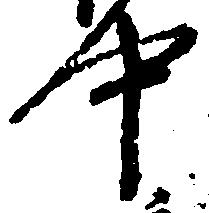
中